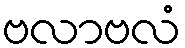
ဗလာဗလံ